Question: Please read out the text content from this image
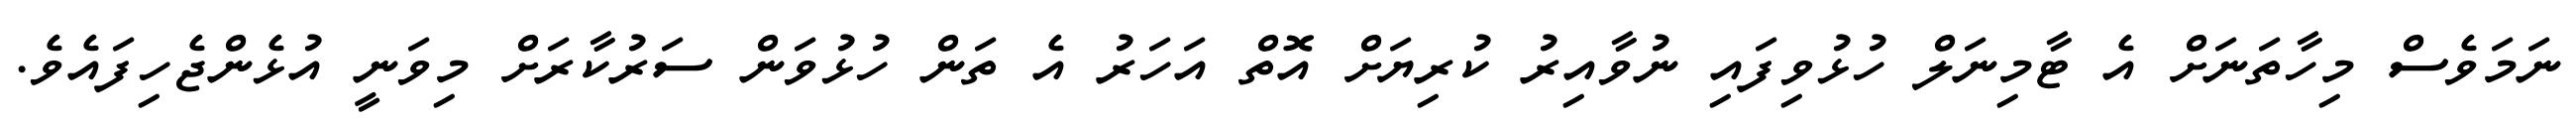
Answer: ނަމަވެސް މިހާތަނަށް އެ ޓާމިނަލް ހުޅުވިފައި ނުވާއިރު ކުރިޔަށް އޮތް އަހަރު އެ ތަން ހުޅުވަން ސަރުކާރަށް މިވަނީ އުޅެންޖެހިފައެވެ.